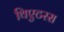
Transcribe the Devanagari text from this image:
थिएटरस